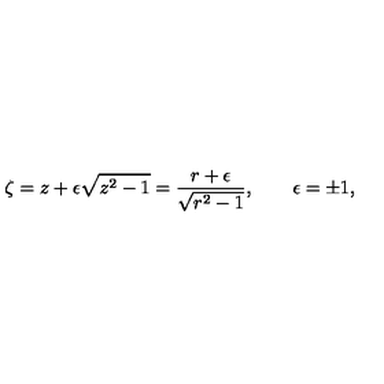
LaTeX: \zeta = z + \epsilon \sqrt { z ^ { 2 } - 1 } = \frac { r + \epsilon } { \sqrt { r ^ { 2 } - 1 } } , \qquad \epsilon = \pm 1 ,